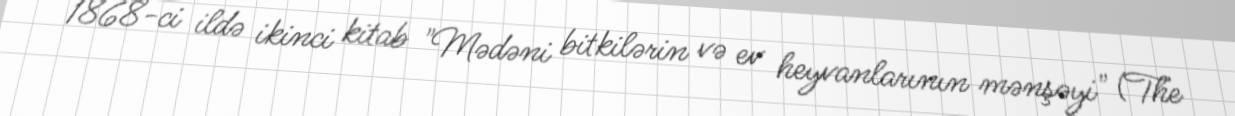
1868-ci ildə ikinci kitab "Mədəni bitkilərin və ev heyvanlarının mənşəyi" (The